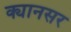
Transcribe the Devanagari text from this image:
क्यानसर